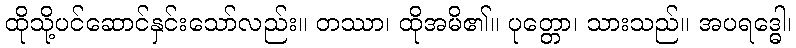
ထိုသို့ပင်ဆောင်နှင်းသော်လည်း။ တဿာ၊ ထိုအမိ၏။ ပုတ္တော၊ သားသည်။ အပရဒ္ဓေါ၊